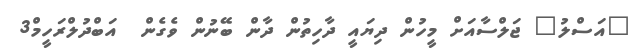
"އަސްލު" ޖަލްސާއަށް މީހުން ދިޔައީ ދާހިތުން ދާން ބޭނުން ވެގެން  އަބްދުލްރަހީމް3